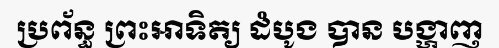
ប្រព័ន្ធ ព្រះអាទិត្យ ដំបូង បាន បង្ហាញ